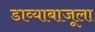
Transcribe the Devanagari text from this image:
डाव्याबाजूला